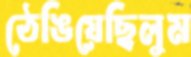
ঠেঙিয়েছিলুম